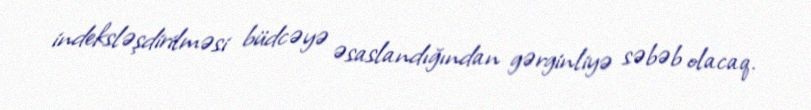
indeksləşdirilməsi büdcəyə əsaslandığından gərginliyə səbəb olacaq.